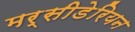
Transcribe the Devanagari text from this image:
मर्सीडेरियन